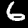
Digit: 6